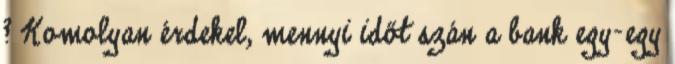
? Komolyan érdekel, mennyi időt szán a bank egy-egy